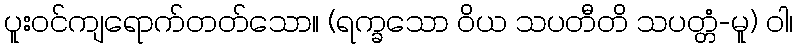
ပူးဝင်ကျရောက်တတ်သော။ (ရက္ခသော ဝိယ သပတီတိ သပတ္တံ-မူ) ဝါ၊